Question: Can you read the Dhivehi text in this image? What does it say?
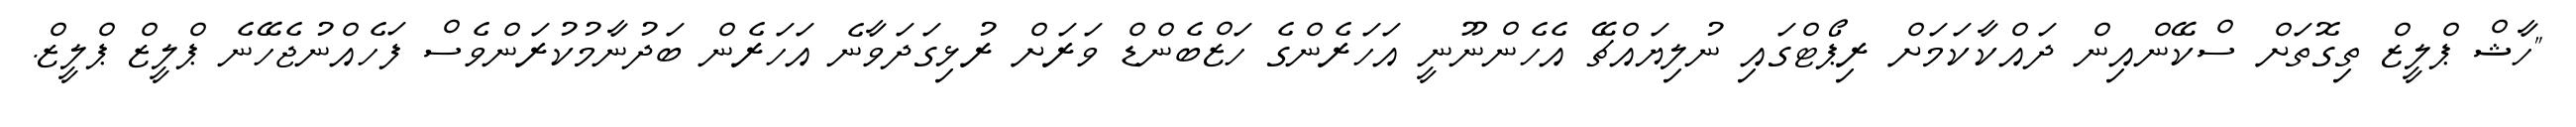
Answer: "ހާޝް ޕްލީޒް ތިގޮތަށް ސްކޭންއިން ދައްކާކަމަށް ރިޕޯޓްގައި ނުލިޔައްޗޭ އެހެންނޫނީ އަހަރެންގެ ހަޒްބެންޑް ވަރަށް ރުޅިގަދަވާނެ އަހަރެން ބަދުނާމުކުރަންވެސް ފަހެއްނުޖެހޭނެ ޕްލީޒް ޕްލީޒް.